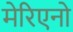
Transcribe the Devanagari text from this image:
मेरिएनो